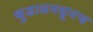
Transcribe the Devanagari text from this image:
कुडाळमधूनच